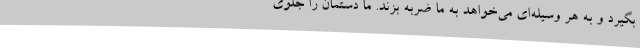
بگیرد و به هر وسیله‌ای می‌خواهد به ما ضربه بزند. ما دستمان را جلوی